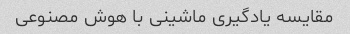
مقایسه یادگیری ماشینی با هوش مصنوعی